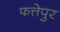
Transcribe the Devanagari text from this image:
फत्तेपुर